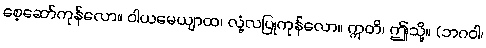
စေ့ဆော်ကုန်လော။ ဝါယမေယျာထ၊ လုံ့လပြုကုန်လော။ ဣတိ၊ ဤသို့။ (ဘဂဝါ၊